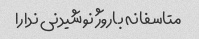
متاسفانه باروژ نوشیدنی ندارا